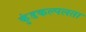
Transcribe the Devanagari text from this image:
कुंडकल्पलता